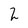
Character: 2